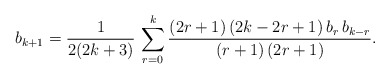
\begin{align*}b_{k+1}=\frac{1}{2(2k+3)}\,\sum_{r=0}^{k}\frac{(2r+1)\,(2k-2r+1)\,b_r\,b_{k-r}}{(r+1)\,(2r+1)}.\end{align*}